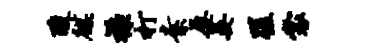
酸麒襟打素屡晏蹉裳